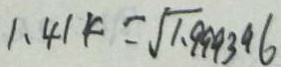
1 . 4 1 k = \sqrt { 1 . 9 9 9 3 9 6 }